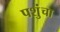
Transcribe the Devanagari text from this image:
पशुंचा